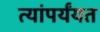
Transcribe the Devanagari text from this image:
त्यांपर्यंयत